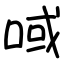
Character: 㖪